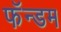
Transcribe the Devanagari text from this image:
फॅन्डम